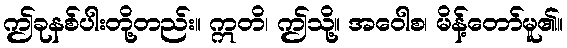
ဤခုနစ်ပါးတို့တည်း။ ဣတိ၊ ဤသို့။ အဝေါစ၊ မိန့်တော်မူ၏။